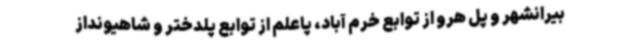
بیرانشهر و پل هرو از توابع خرم آباد، پاعلم از توابع پلدختر و شاهیونداز